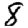
Digit: 8